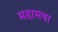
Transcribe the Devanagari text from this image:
महामया